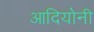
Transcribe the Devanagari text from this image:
आदियोनी